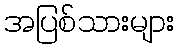
အပြစ်သားများ